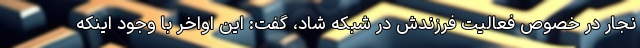
نجار در خصوص فعالیت فرزندش در شبکه شاد، گفت: این اواخر با وجود اینکه